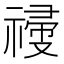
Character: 𥛆